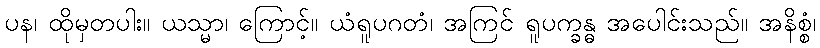
ပန၊ ထိုမှတပါး။ ယသ္မာ၊ ကြောင့်။ ယံရူပဂတံ၊ အကြင် ရူပက္ခန္ဓ အပေါင်းသည်။ အနိစ္စံ၊